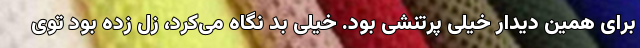
برای همین دیدار خیلی پرتنشی بود. خیلی بد نگاه می‌کرد، زل زده بود توی